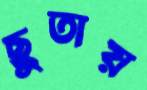
ছুতায়